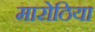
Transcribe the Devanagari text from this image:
मारोठिया